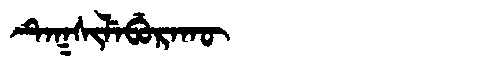
Manchu: ᡨᡝᡴᠰᡳᠯᡝᠪᡠᡵᠠᡴᡡ
Romanization: TEKSILEBURAKŪ